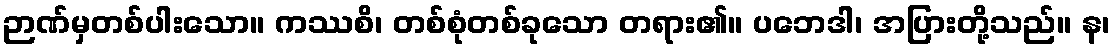
ဉာဏ်မှတစ်ပါးသော။ ကဿစိ၊ တစ်စုံတစ်ခုသော တရား၏။ ပဘေဒါ၊ အပြားတို့သည်။ န၊